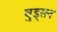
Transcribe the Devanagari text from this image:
वुड्सन